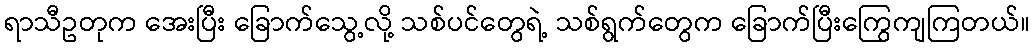
ရာသီဥတုက အေးပြီး ခြောက်သွေ့လို့ သစ်ပင်တွေရဲ့ သစ်ရွက်တွေက ခြောက်ပြီးကြွေကျကြတယ်။